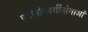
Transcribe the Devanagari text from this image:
एडीनोकार्सीनोमाओं